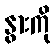
နွားကို